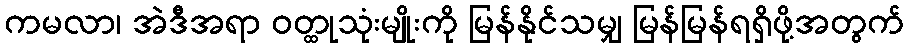
ကမလာ၊ အဲဒီအရာ ဝတ္ထုသုံးမျိုးကို မြန်နိုင်သမျှ မြန်မြန်ရရှိဖို့အတွက်